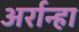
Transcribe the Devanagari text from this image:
अर्रान्हा